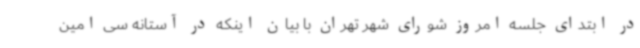
در ابتدای جلسه امروز شورای شهر تهران با بیان اینکه در آستانه سی امین